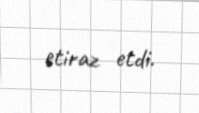
etiraz etdi.